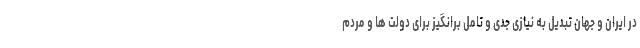
در ایران و جهان تبدیل به نیازی جدی و تامل برانگیز برای دولت ها و مردم